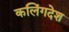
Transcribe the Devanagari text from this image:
कलिंगदेश